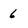
Character: 6